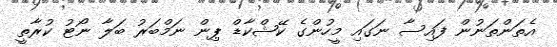
އެތަންތަނުން ފައިސާ ނަގައި މީހުންގެ ކޭޝްކާޑް ޕިން ނަމްބަރު ބަލާ ނޯޓު ކުރާތީ